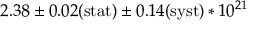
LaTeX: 2 . 3 8 \pm { 0 . 0 2 ( \mathrm { s t a t } ) } \pm { 0 . 1 4 ( \mathrm { s y s t } ) } * 1 0 ^ { 2 1 }